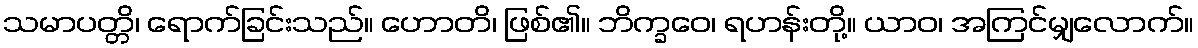
သမာပတ္တိ၊ ရောက်ခြင်းသည်။ ဟောတိ၊ ဖြစ်၏။ ဘိက္ခဝေ၊ ရဟန်းတို့။ ယာဝ၊ အကြင်မျှလောက်။